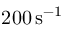
\ensuremath { 2 0 0 \, \mathrm { s } ^ { - 1 } }